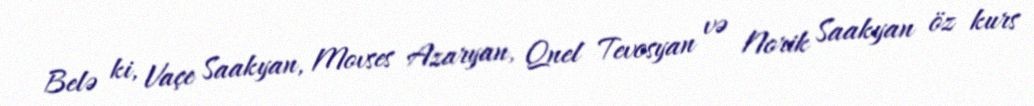
Belə ki, Vaçe Saakyan, Movses Azaryan, Qnel Tevosyan və Norik Saakyan öz kurs